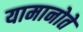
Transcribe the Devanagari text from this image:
यामानोते